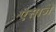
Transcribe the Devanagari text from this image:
ऐसाजे